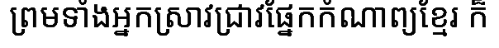
ព្រមទាំងអ្នកស្រាវជ្រាវផ្នែកកំណាព្យខ្មែរ ក៏